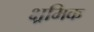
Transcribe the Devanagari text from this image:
क्ष्रमिक